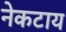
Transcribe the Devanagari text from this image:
नेकटाय